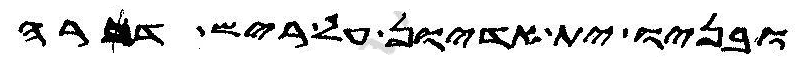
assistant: ובניו ית אדיון על ריש דכרה